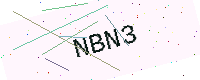
Text: NBN3